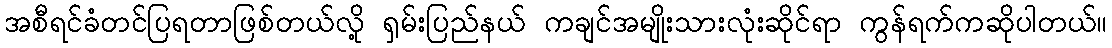
အစီရင်ခံတင်ပြရတာဖြစ်တယ်လို့ ရှမ်းပြည်နယ် ကချင်အမျိုးသားလုံးဆိုင်ရာ ကွန်ရက်ကဆိုပါတယ်။